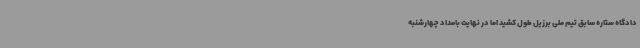
دادگاه ستاره سابق تیم ملی برزیل طول کشید اما در نهایت بامداد چهارشنبه